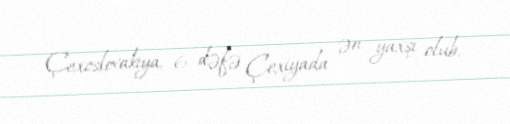
Çexoslovakiya, 6 dəfə Çexiyada ən yaxşı olub.